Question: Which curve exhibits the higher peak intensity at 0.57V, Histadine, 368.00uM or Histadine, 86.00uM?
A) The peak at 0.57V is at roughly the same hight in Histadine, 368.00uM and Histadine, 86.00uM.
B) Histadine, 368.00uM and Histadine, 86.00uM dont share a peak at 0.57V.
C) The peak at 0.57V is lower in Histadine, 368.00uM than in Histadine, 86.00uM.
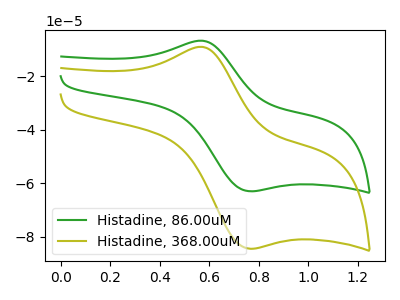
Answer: <think>The green curve "Histadine, 86.00uM" has an anodic peak at (0.55V, -6.75uA) and a cathodic peak at (0.75V, -63.00uA). The olive curve "Histadine, 368.00uM" has an anodic peak at (0.55V, -9.05uA) and a cathodic peak at (0.75V, -84.45uA).</think>
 <answer>C) The peak at 0.57V is lower in "Histadine, 368.00uM" than in "Histadine, 86.00uM".</answer>
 <eval>C</eval>